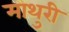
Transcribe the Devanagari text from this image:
माथुरी